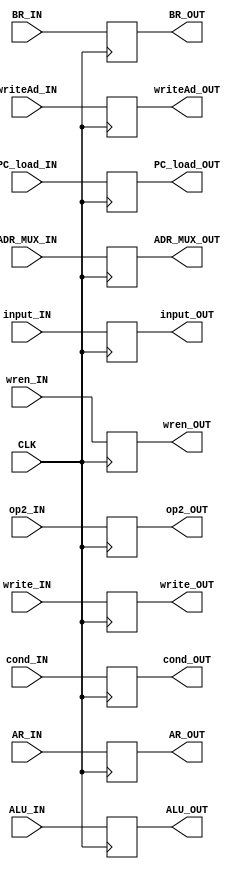
module DecodeUnitRegisterOne(
   input 	CLK, AR_IN, BR_IN,
   input [3:0] 	ALU_IN,
   input 	input_IN, wren_IN,
   input [2:0] 	writeAd_IN,
   input 	ADR_MUX_IN, write_IN, PC_load_IN,
   input [2:0]	cond_IN, op2_IN,
   output 	AR_OUT, BR_OUT,
   output [3:0] ALU_OUT,
   output 	input_OUT, wren_OUT,
   output [2:0] writeAd_OUT,
   output 	ADR_MUX_OUT, write_OUT, PC_load_OUT,
   output [2:0] cond_OUT, op2_OUT);

   reg          ar, br;
   reg [3:0]    alu;
   reg          in, wren;
   reg [2:0]    writeAd;
   reg          adrmux, write, pcload;
   reg [2:0] 	cond, opera2;

   always @ (posedge CLK) begin
      ar <= AR_IN;
      br <= BR_IN;
      alu <= ALU_IN;
      in <= input_IN;
      wren <= wren_IN;
      writeAd <= writeAd_IN;
      adrmux <= ADR_MUX_IN;
      write <= write_IN;
      pcload <= PC_load_IN;
      cond <= cond_IN;
      opera2 <= op2_IN;
   end // always @ (posedge CLK)
   
   assign AR_OUT = ar;
   assign BR_OUT = br;
   assign ALU_OUT = alu;
   assign input_OUT = in;
   assign wren_OUT = wren;
   assign writeAd_OUT = writeAd;
   assign ADR_MUX_OUT = adrmux;
   assign write_OUT = write;
   assign PC_load_OUT = pcload;
   assign cond_OUT = cond;
   assign op2_OUT = opera2;
   
endmodule // DecodeUnitRegisterOne